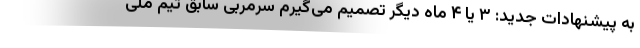
به پیشنهادات جدید: ۳ یا ۴ ماه دیگر تصمیم می‌گیرم سرمربی سابق تیم ملی